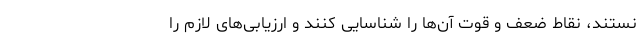
نستند، نقاط ضعف و قوت آن‌ها را شناسایی کنند و ارزیابی‌های لازم را